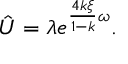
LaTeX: \hat { U } = \lambda e ^ { \frac { 4 k \xi } { 1 - k } \omega } .